Annual administration report of the Civil Veterinary Department of India - 1902-1903
Year: 1902
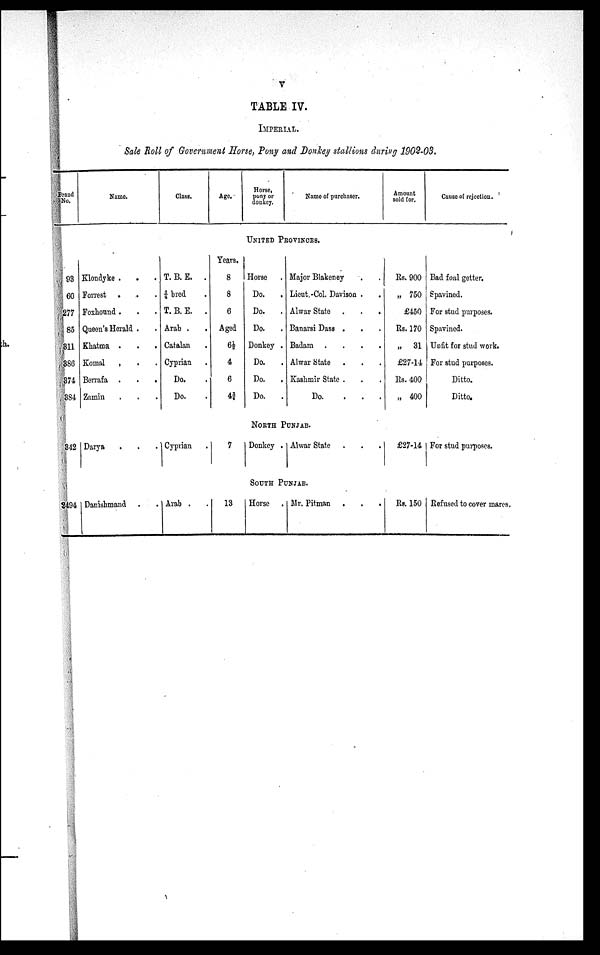
V
TABLE IV.
IMPERIAL.
Sale Roll of Government Horse, Pony and Donkey stallions during 1902-03.
Brand
No.
Name.
Class.
Age.
Horse,
pony or
donkey.
Name of purchaser.
Amount
sold for.
Cause of rejection.
UNITED PROVINCES.
93
60
277
85
311
386
374
384
Klondyke . . .
Forrest . . .
Foxhound . . .
Queen's Herald . .
Khatma . . .
Komal . . .
Berrafa .
.
.
Zamin . . .
T. B. E. .
¾ bred .
T. B. E.
.
Arab . .
Catalan .
Cyprian .
Do. .
Do. .
Years.
8
8
6
Aged
6½
4
6
4¾
Horse .
Do.
.
Do.
.
Do.
.
Donkey .
Do. .
Do. .
Do.
.
Major Blakeney . .
Lieut.-Col. Davison . .
Alwar State .
.
.
Banarsi Dass . . .
Badam .
.
.
.
Alwar State
Kashmir State . . . .
Do.
.
.
.
Rs. 900
„ 750
£450
Rs. 170
„ 31
£27-14
Rs. 400
„ 400
Bad foal getter.
Spavined.
For stud purposes.
Spavined.
Unfit for stud work.
For stud purposes.
Ditto.
Ditto.
NORTH PUNJAB.
342 Darya . . .
Cyprian .
7
Donkey . Alwar State . . .
£27-14 For stud purposes.
SOUTH PUNJAB.
2494 Danishmand . .
Arab . .
13
Horse
Mr. Pitman .
.
.
Rs. 150 Refused to cover mares.